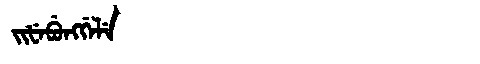
Manchu: ᠵᡳᡶᡝᠪᡠᠩᡤᡝᠯᡝ
Romanization: JIFEBUNGGELE